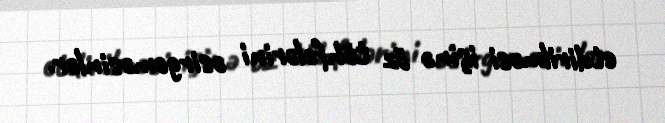
etdirilməsi işinə öz töhfələrini əsirgəməsinlər.